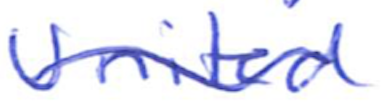
Text: United
Cross-out: wave
Writing tool: ballpoint